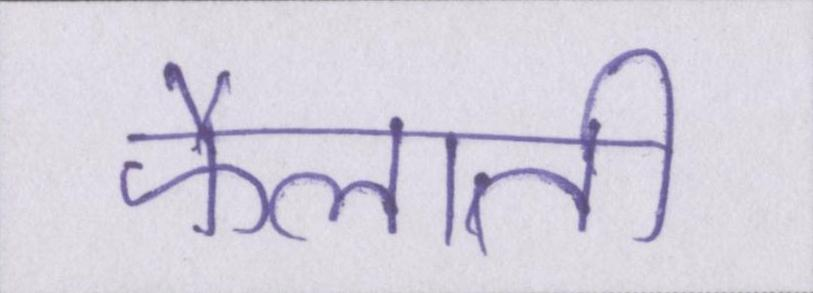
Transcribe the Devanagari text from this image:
फैलाती